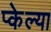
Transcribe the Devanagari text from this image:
प्केल्या